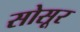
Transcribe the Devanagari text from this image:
सोसूर